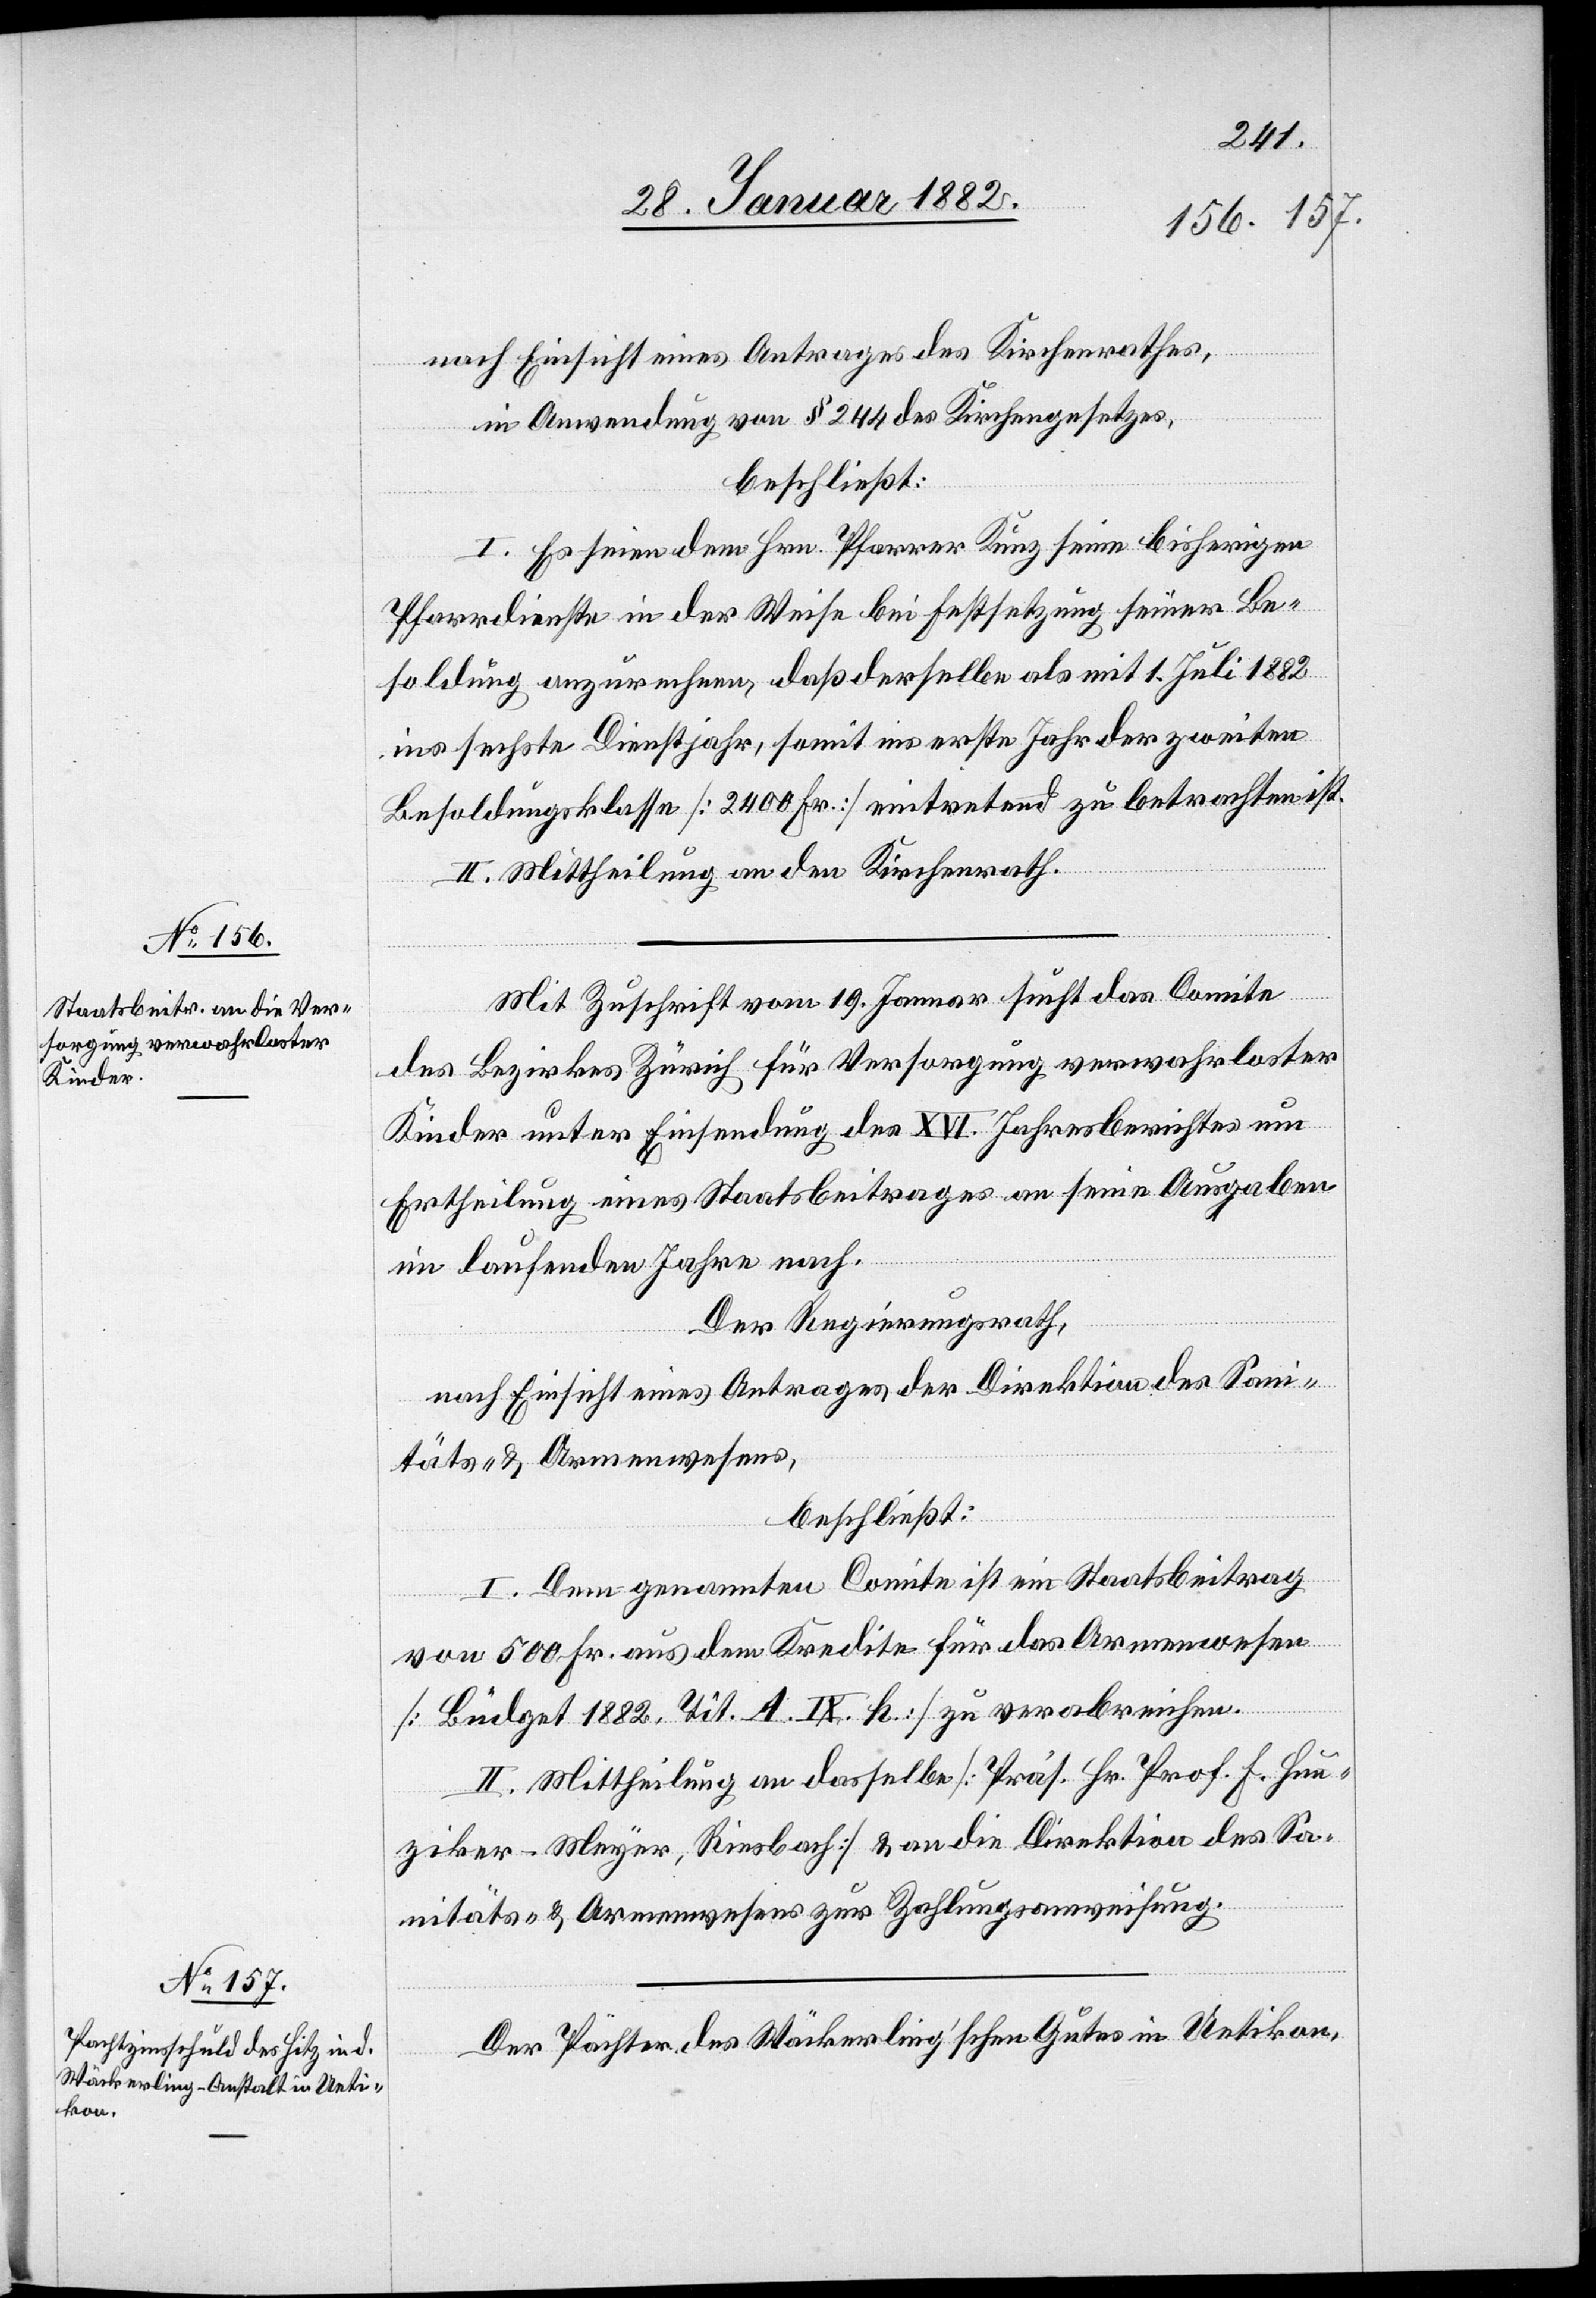
nach Einsicht eines Antrages des Kirchenrathes,
in Anwendung von § 244 des Kirchengesetzes,
beschließt:
I. Es seien dem Hrn. Pfarrer Kunz seine bisherigen
Pfarrdienste in der Weise bei Festsetzung seiner Be¬
soldung anzurechnen, daß derselben als mit 1. Juli 1882
ins sechste Dienstjahr, somit ins erste Jahr der zweiten
Besoldungsklasse [2400 Fr.] eintretend zu betrachten ist.
II. Mittheilung an den Kirchenrath.
Mit Zuschrift vom 19. Januar sucht das Comite
des Bezirkes Zürich für Versorgung verwahrloster
Kinder unter Einsendung des XVI. Jahresberichtes um
Ertheilung eines Staatsbeitrages an seine Ausgaben
im laufenden Jahre nach.
Der Regierungsrath,
nach Einsicht eines Antrages der Direktion des Sani¬
täts- & Armenwesens,
beschließt:
I. Dem genannten Comite ist ein Staatsbeitrag
von 550 Fr. aus dem Kredite für das Armenwesen
[Büdget 1882. Tit. A. IX. h.] zu verabreichen.
II. Mittheilung an dasselbe [Präs. Hr. Prof. F. Hun¬
ziker-Meyer, Riesbach] & an die Direktion des Sa¬
nitäts- & Armenwesens zur Zahlungsanweisung.
Der Pächter des Wäckerlings’schen Gutes in Uetikon,